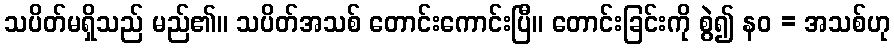
သပိတ်မရှိသည် မည်၏။ သပိတ်အသစ် တောင်းကောင်းပြီ။ တောင်းခြင်းကို စွဲ၍ နဝ = အသစ်ဟု